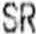
SR